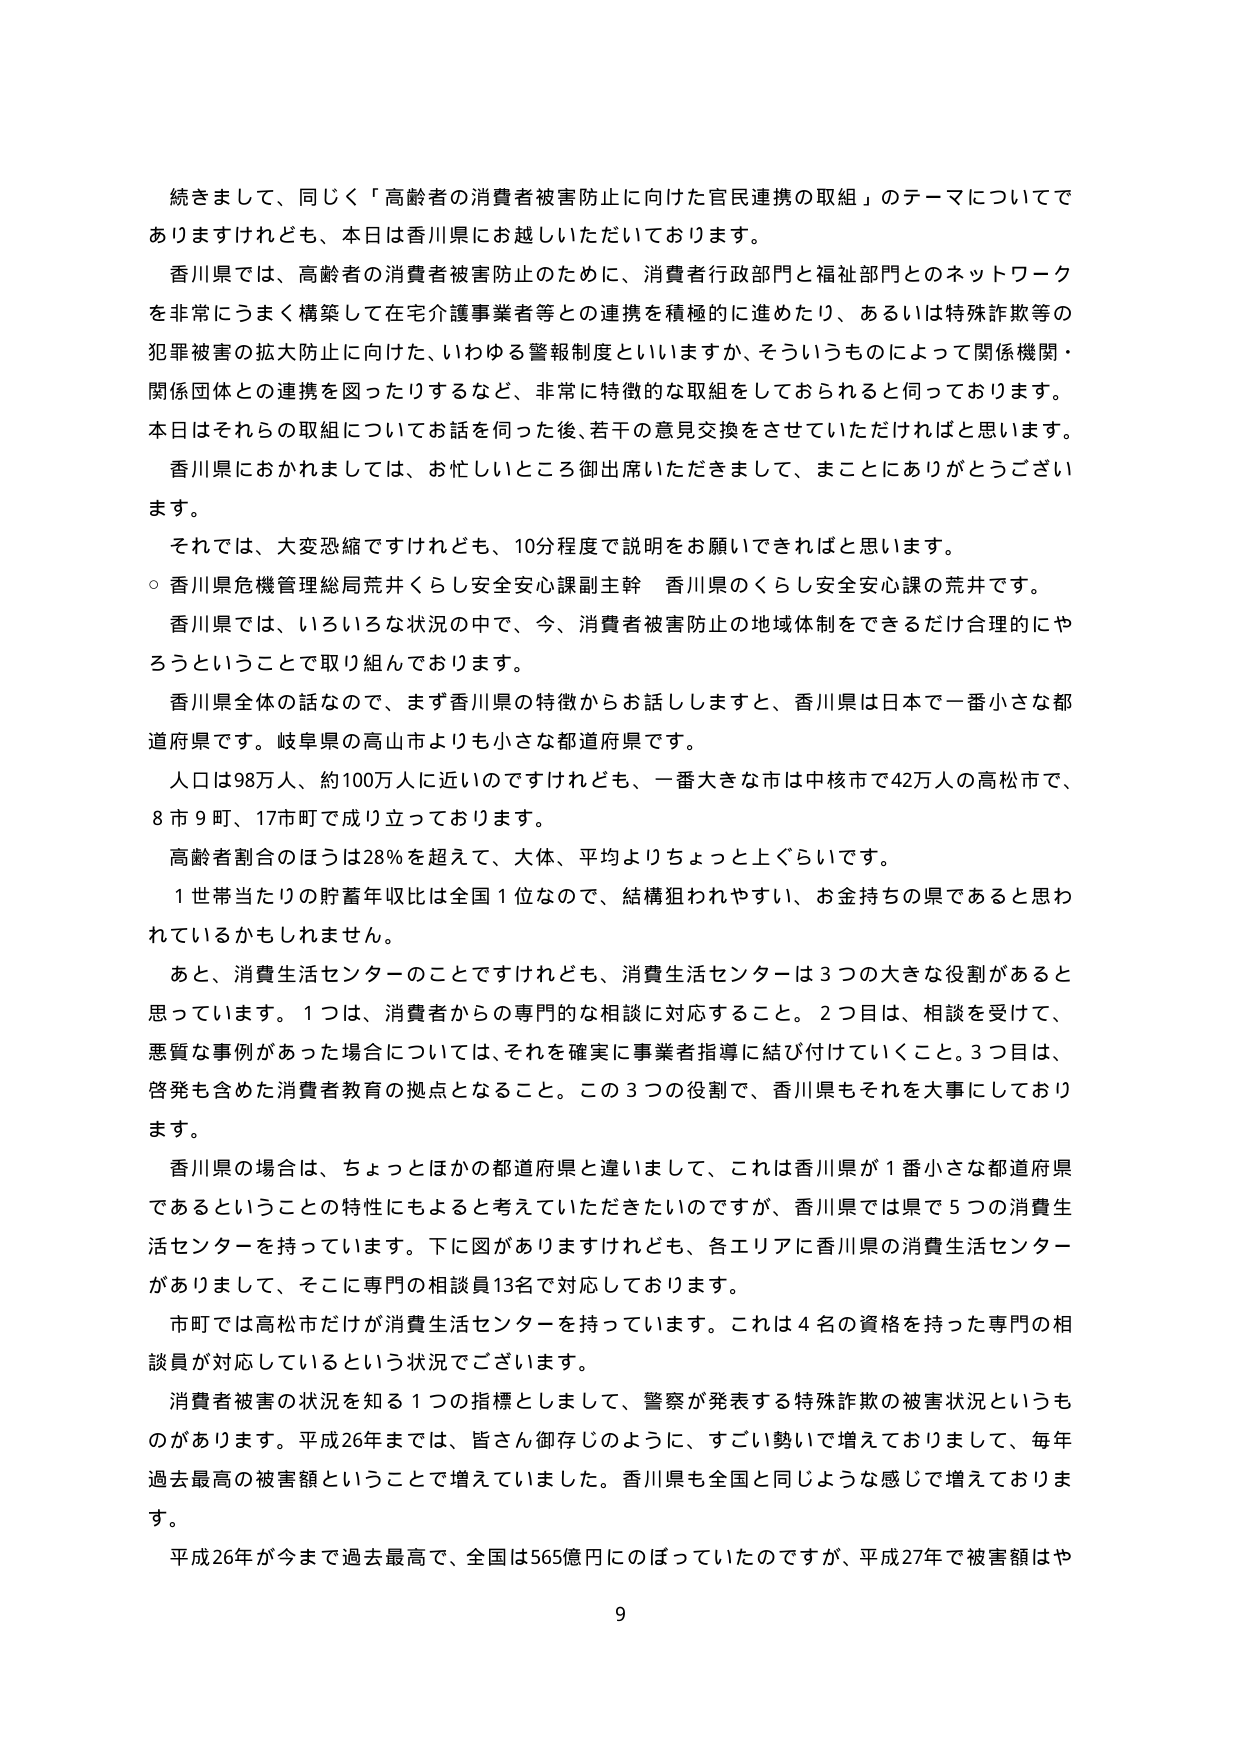
続きまして、同じく「高齢者の消費者被害防止に向けた官民連携の取組」のテーマについてでありますけれども、本日は香川県にお越しいただいております。

香川県では、高齢者の消費者被害防止のために、消費者行政部門と福祉部門とのネットワークを非常にうまく構築して在宅介護事業者等との連携を積極的に進めたり、あるいは特殊詐欺等の犯罪被害の拡大防止に向けた、いわゆる警報制度といいますか、そういうものによって関係機関・関係団体との連携を図ったりするなど、非常に特徴的な取組をしておられると思っております。本日はそれらの取組についてお話を伺った後、若干の意見交換をさせていただければと思います。香川県におかれましては、お忙しいところ御出席いただきまして、まことにありがとうございます。

それでは、大変恐縮ですけれども、10分程度で説明をお願いできればと思います。

○香川県危機管理総局荒井くらし安全安心課副主幹 香川県のくらし安全安心課の荒井です。

香川県では、いろいろな状況の中で、今、消費者被害防止の地域体制をできるだけ合理的にやろうということで取り組んでおります。

香川県全体の話なので、まず香川県の特徴からお話しますと、香川県は日本で一番小さな都道府県です。岐阜県の高山市よりも小さな都道府県です。

人口は98万人、約100万人に近いのですけれども、一番大きな市は中核市で42万人の高松市で、8市9町、17市町で成り立っております。

高齢者割合のほうは28％を超えて、大体、平均よりちょっと上ぐらいです。

1世帯当たりの貯蓄年収比は全国1位なので、結構狙われやすい、お金持ちの県であると思っているかもしれません。

あと、消費生活センターのことですけれども、消費生活センターは3つの大きな役割があると思っています。1つは、消費者からの専門的な相談に対応すること。2つ目は、相談を受けて、悪質な事例があった場合については、それを確実に事業者指導に結び付けていくこと。3つ目は、啓発も含めた消費者教育の拠点となること。この3つの役割で、香川県もそれを大事にしております。

香川県の場合は、ちょっとほかの都道府県と違いまして、これは香川県が1番小さな都道府県であるということの特性にもよると考えていただきたいのですが、香川県では県で5つの消費生活センターを持っています。下に図がありますけれども、各エリアに香川県の消費生活センターがありまして、そこに専門の相談員13名で対応しております。

市町では高松市だけが消費生活センターを持っています。これは4名の資格を持った専門の相談員が対応しているという状況でございます。

消費者被害の状況を知る1つの指標としまして、警察が発表する特殊詐欺の被害状況というものががあります。平成26年までは、皆さん御存じのように、すごい勢いで増えておりまして、毎年過去最高の被害額ということで増えていました。香川県も全国と同じような感じで増えております。

平成26年が今まで過去最高で、全国は565億円にのぼっていたのですが、平成27年で被害額はや

9